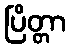
ပြိတ္တာ